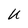
Character: U